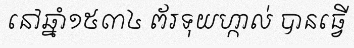
នៅឆ្នាំ១៥៣៤ ព័រទុយហ្កាល់ បានធ្វើ